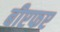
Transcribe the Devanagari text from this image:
बीएफए